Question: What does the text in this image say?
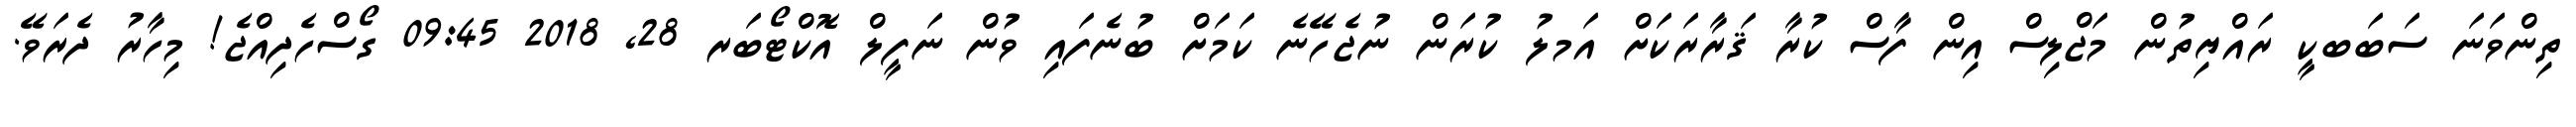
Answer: ތިންވަނަ ސަބަބކީ ރައްޔިތުން މަޖްލިސް އިން ފާސް ކުރާ ޤަރާރަކަށް އަމލު ކުރަން ނުޖެހޭނެ ކަމަށް ބުނެފައި ވުން ނަފީލް އޮކްޓޯބަރ 28, 2018 09:45 ގޯސްހެދިއްޖެ! މިހާރު ދެރަވޭ.